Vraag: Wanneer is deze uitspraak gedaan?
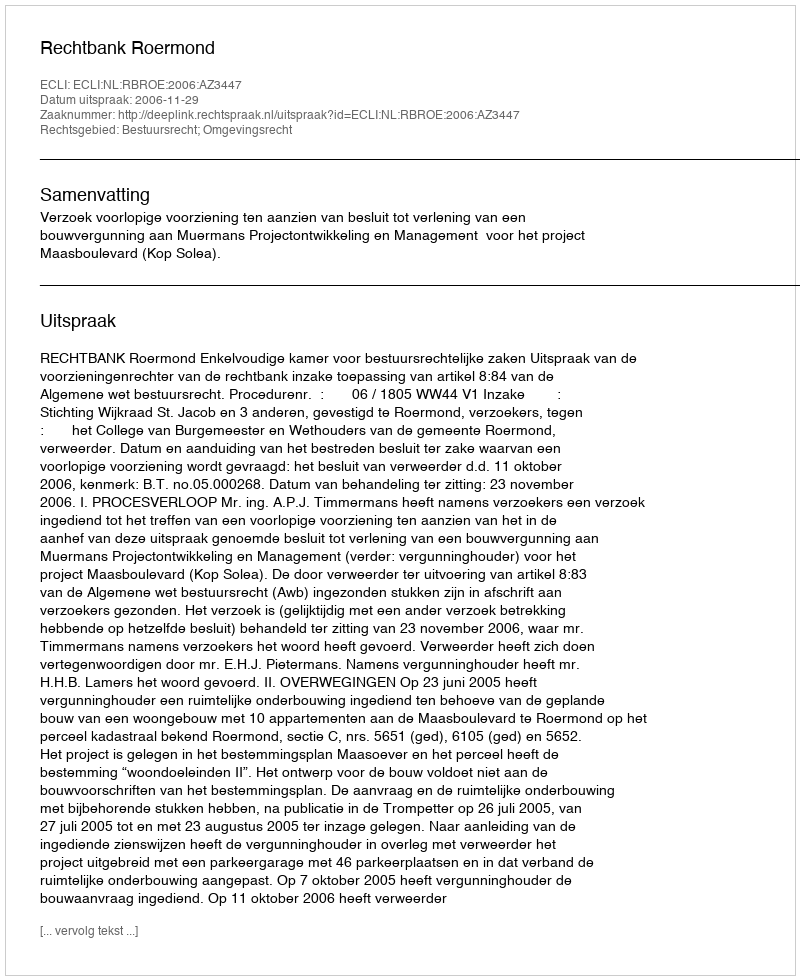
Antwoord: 2006-11-29